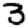
Digit: 3